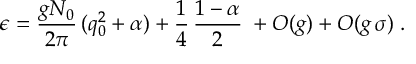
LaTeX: \epsilon = \frac { g N _ { 0 } } { 2 \pi } \, ( q _ { 0 } ^ { 2 } + \alpha ) + \frac { 1 } { 4 } \, \frac { 1 - \alpha } { 2 } \; + O ( g ) + O ( g \, \sigma ) \; .